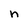
Character: n